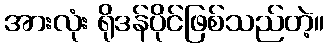
အားလုံး ရိုဒန်ပိုင်ဖြစ်သည်တဲ့။